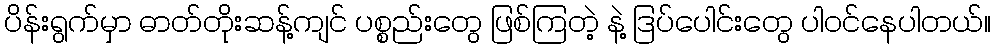
ပိန်းရွက်မှာ ဓာတ်တိုးဆန့်ကျင် ပစ္စည်းတွေ ဖြစ်ကြတဲ့ နဲ့ ဒြပ်ပေါင်းတွေ ပါဝင်နေပါတယ်။